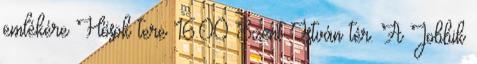
emlékére Hősök tere 16.00 Szent István tér. A Jobbik